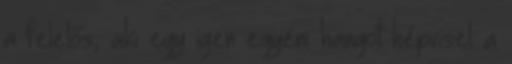
a felelős, aki egy igen egyéni hangot képvisel a